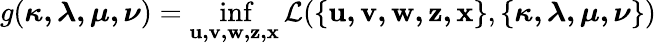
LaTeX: g(\boldsymbol{\kappa,\lambda,\mu,\nu})=\operatorname*{inf}_{\mathbf{u,v,w,z,x}}\mathcal{L}(\{ \mathbf{u,v,w,z,x}\} ,\{ \boldsymbol{\kappa,\lambda,\mu,\nu}\} )